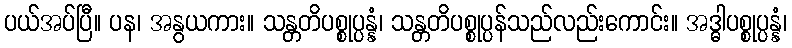
ပယ်အပ်ပြီ။ ပန၊ အနွယကား။ သန္တတိပစ္စုပ္ပန္နံ၊ သန္တတိပစ္စုပ္ပန်သည်လည်းကောင်း။ အဒ္ဓါပစ္စုပ္ပန္နံ၊